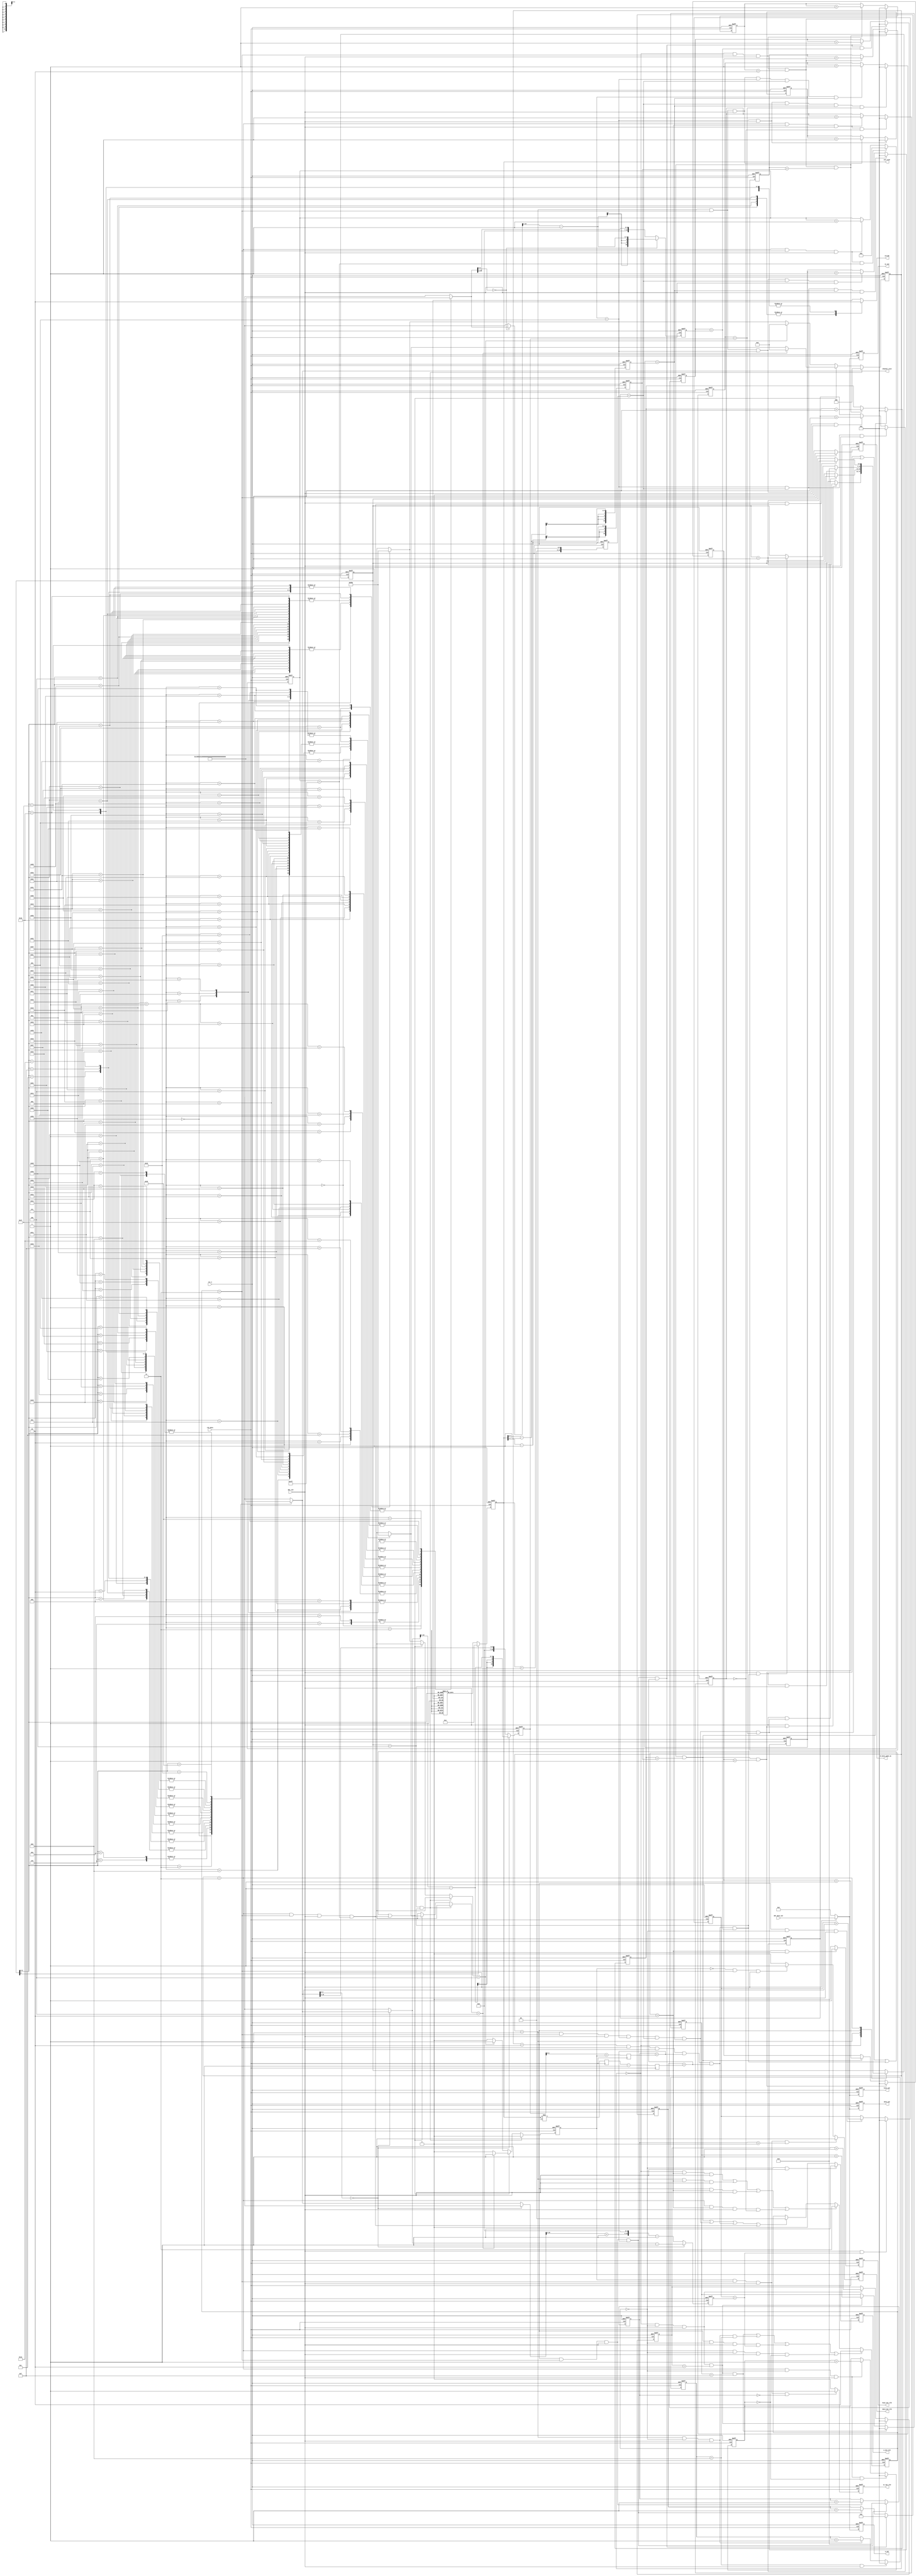
module ddr_rd_data_pro
    #(parameter BANDWIDTH=512,
                BITWIDTH=32)(
    input                       clk_data,
    input                       rst_n,
    
    input                       ddr_vld,
    input [BANDWIDTH-1:0]       ddr_data_out,
    
    output reg                  data_out_vld,
    output reg                  w_out_vld,
    output reg                  sc_out_vld,
    output reg                  bias_out_vld,
    output reg [BANDWIDTH-1:0]  data_out,
	output reg [BANDWIDTH-1:0]	w_out,
	output reg [BANDWIDTH-1:0]	sc_out,
	output reg [BANDWIDTH-1:0]	bias_out,
    
    
    
    // output reg                  mode_change,
    // output reg [1:0]            op_mode,
    output reg                  rd_data_mode_en,
    output reg [7:0]            pic_size,
    output  [10:0]              channel_size,
    output                      stride
);

//-------------------------------------------
// regs & wires & parameters
//-------------------------------------------
parameter CONV_MODE  = 2'd0;
parameter DW_MODE    = 2'd1;
parameter PW_MODE    = 2'd2;
parameter AVGPL_MODE = 2'd3;

parameter L_CONV  = 3'd0;
parameter L_DW    = 3'd1;
parameter L_PW    = 3'd2;
parameter L_AVGPL = 3'd3;
parameter L_PW_SC = 3'd4;
parameter L_VERI  = 3'd5;

parameter ST_W_RD    = 2'd0;
parameter ST_SC_RD   = 2'd1;
parameter ST_BIAS_RD = 2'd2;
parameter ST_DATA_RD = 2'd3;

reg  [10:0]                     pic_size_1;
reg  [10:0]                     pic_size_dw;
reg  [10:0]                     pic_size_half_1;
reg  [10:0]                     pic_size_quarter_1;
reg  [10:0]                     ci_quarter_1;
reg  [10:0]                     ci_div_16_1;
reg  [10:0]                     co_div_16_1;
reg  [10:0]                     ci_1;  //w_cnt_pw_l1_num
reg  [24:0]                     pw_data_cnt_num;
reg  [15:0]                     pic2;
reg  [15:0]                     pic2_1;
reg  [ 6:0]                     ci_div16;
reg  [ 6:0]                     ci_div16_sc; 
reg  [22:0]                     pic2_ci_div4_sc;  

wire [2:0]                      layer_type[53:0];

wire [10:0]                     c_size_i[54:0];
wire                            s_value[53:0];

reg [6:0]                       layer_num_cur;
reg [2:0]                       layer_type_cur;
reg                             layer_sc_vld;
reg [1:0]                       st_rd_cur;

wire                            conv_all_done;
wire                            dw_all_done;
wire                            pw_all_done;
wire                            avgle_all_done;

assign channel_size = c_size_i[layer_num_cur];
assign stride = s_value[layer_num_cur];   

always @ (posedge clk_data or negedge rst_n) begin 
	if (!rst_n) begin 
		layer_num_cur <= 7'd0;
	end else begin 
		case (layer_type_cur) 
			L_CONV : begin 
				if (ddr_vld == 1'b1 && conv_all_done == 1'b1) begin 
					layer_num_cur <= layer_num_cur + 1'b1;
				end	else begin 
					layer_num_cur <= layer_num_cur;
				end
			end 
			L_DW : begin 
				if (ddr_vld == 1'b1 && dw_all_done == 1'b1) begin 
					layer_num_cur <= layer_num_cur + 1'b1;
				end	else begin 
					layer_num_cur <= layer_num_cur;
				end
			end 
            L_PW : begin 
                if (ddr_vld == 1'b1 && pw_all_done == 1'b1 && layer_num_cur == 7'd53) begin 
                    layer_num_cur <= 7'd0;
                end else if (ddr_vld == 1'b1 && pw_all_done == 1'b1) begin
                    layer_num_cur <= layer_num_cur + 1'b1;
                end else begin 
                    layer_num_cur <= layer_num_cur;
                end
            end
            L_AVGPL : begin 
                if (ddr_vld == 1'b1 && avgle_all_done == 1'b1) begin 
                    layer_num_cur <= layer_num_cur + 1'b1;
                end else begin 
                    layer_num_cur <= layer_num_cur;
                end
            end
			default : begin 
				layer_num_cur <= layer_num_cur;
			end
		endcase
	end
end

always @ (posedge clk_data or negedge rst_n) begin 
    if (!rst_n) begin 
        layer_type_cur <= 3'b0;
        layer_sc_vld   <= 1'b0;
    end else if (layer_num_cur == 7'd53 && pw_all_done == 1'b1) begin 
        layer_type_cur <= L_CONV;
        layer_sc_vld   <= 1'b0;
    end else if (conv_all_done == 1'b1 || dw_all_done == 1'b1 || pw_all_done == 1'b1 || avgle_all_done == 1'b1) begin
        layer_type_cur <= layer_type[layer_num_cur+1] == L_PW_SC ? L_PW : layer_type[layer_num_cur+1];
        layer_sc_vld   <= layer_type[layer_num_cur+1] == L_PW_SC ? 1'b1 : 1'b0;
    end else begin
        layer_type_cur <= layer_type[layer_num_cur] == L_PW_SC ? L_PW : layer_type[layer_num_cur];
        layer_sc_vld   <= layer_type[layer_num_cur] == L_PW_SC ? 1'b1 : 1'b0;
    end
end

always @ (posedge clk_data or negedge rst_n) begin 
    if (!rst_n) begin 
        rd_data_mode_en <= 1'b0;
    end else if (st_rd_cur == ST_DATA_RD) begin 
        rd_data_mode_en <= 1'b1;
    end else begin 
        rd_data_mode_en <= 1'b0;
    end
end

reg [10:0]                      w_cnt_conv_l1;
reg [10:0]                      w_cnt_conv_l2;
reg [10:0]                      w_cnt_conv_l3;

/*-------------------w_cnt_conv_l1--------------------*/
always @ (posedge clk_data or negedge rst_n) begin
    if (!rst_n) begin
        w_cnt_conv_l1 <= 11'd0;
    end else if (layer_type_cur == L_CONV && 
                 st_rd_cur == ST_W_RD && 
                 ddr_vld == 1'b1 && 
                 w_cnt_conv_l1 == 11'd2) begin
        w_cnt_conv_l1 <= 11'd0;
    end else if (layer_type_cur == L_CONV && st_rd_cur == ST_W_RD && ddr_vld == 1'b1) begin
        w_cnt_conv_l1 <= w_cnt_conv_l1 + 1'b1;
    end else begin 
        w_cnt_conv_l1 <= w_cnt_conv_l1;
    end
end

/*-------------------w_cnt_conv_l2--------------------*/
always @ (posedge clk_data or negedge rst_n) begin 
    if (!rst_n) begin
        w_cnt_conv_l2 <= 11'd0;
    end else if (layer_type_cur == L_CONV && 
                 st_rd_cur == ST_W_RD && 
                 ddr_vld == 1'b1 && 
                 w_cnt_conv_l1 == 11'd2 && 
                 w_cnt_conv_l2 == 11'd15) begin
        w_cnt_conv_l2 <= 11'd0;
    end else if (layer_type_cur == L_CONV && 
                 st_rd_cur == ST_W_RD && 
                 ddr_vld == 1'b1 && 
                 w_cnt_conv_l1 == 11'd2) begin
        w_cnt_conv_l2 <= w_cnt_conv_l2 + 1'b1;
    end else begin 
        w_cnt_conv_l2 <= w_cnt_conv_l2;
    end 
end

/*-------------------w_cnt_conv_l3--------------------*/
always @ (posedge clk_data or negedge rst_n) begin
    if (!rst_n) begin
        w_cnt_conv_l3 <= 11'd0;
    end else if (layer_type_cur == L_CONV && 
                 st_rd_cur == ST_W_RD && 
                 ddr_vld == 1'b1 && 
                 w_cnt_conv_l1 == 11'd2 && 
                 w_cnt_conv_l2 == 11'd15 &&
                 w_cnt_conv_l3 == 11'd1) begin
        w_cnt_conv_l3 <= 11'd0;
    end else if (layer_type_cur == L_CONV && 
                 st_rd_cur == ST_W_RD && 
                 ddr_vld == 1'b1 && 
                 w_cnt_conv_l1 == 11'd2 && 
                 w_cnt_conv_l2 == 11'd15) begin
        w_cnt_conv_l3 <= w_cnt_conv_l3 + 1'b1;
    end else begin 
        w_cnt_conv_l3 <= w_cnt_conv_l3;
    end
end

wire                            w_op_done_each_conv;
assign w_op_done_each_conv = layer_type_cur == L_CONV && 
                             st_rd_cur == ST_W_RD && 
                             ddr_vld == 1'b1 && 
                             w_cnt_conv_l1 == 11'd2 && 
                             w_cnt_conv_l2 == 11'd15;

reg [10:0]                      bias_cnt_conv_l1;
reg [10:0]                      bias_cnt_conv_l2;

/*-------------------bias_cnt_conv_l1--------------------*/
always @ (posedge clk_data or negedge rst_n) begin
    if (!rst_n) begin
        bias_cnt_conv_l1 <= 11'd0;
    end else if (layer_type_cur == L_CONV && st_rd_cur == ST_BIAS_RD && ddr_vld == 1'b1 && bias_cnt_conv_l1 == 11'd0) begin
        bias_cnt_conv_l1 <= 11'd0;
    end else if (layer_type_cur == L_CONV && st_rd_cur == ST_BIAS_RD && ddr_vld == 1'b1) begin
        bias_cnt_conv_l1 <= bias_cnt_conv_l1 + 1'b1;
    end else begin 
        bias_cnt_conv_l1 <= bias_cnt_conv_l1;
    end
end

/*-------------------bias_cnt_conv_l2--------------------*/
always @ (posedge clk_data or negedge rst_n) begin
    if (!rst_n) begin
        bias_cnt_conv_l2 <= 11'd0;
    end else if (layer_type_cur == L_CONV && st_rd_cur == ST_BIAS_RD && ddr_vld == 1'b1 && bias_cnt_conv_l1 == 11'd3 && bias_cnt_conv_l2 == 11'd1) begin
        bias_cnt_conv_l2 <= 11'd0;
    end else if (layer_type_cur == L_CONV && st_rd_cur == ST_BIAS_RD && ddr_vld == 1'b1 && bias_cnt_conv_l1 == 11'd3) begin
        bias_cnt_conv_l2 <= bias_cnt_conv_l2 + 1'b1;
    end else begin 
        bias_cnt_conv_l2 <= bias_cnt_conv_l2;
    end
end

wire                            bias_op_done_each_conv;
assign bias_op_done_each_conv = layer_type_cur == L_CONV && st_rd_cur == ST_BIAS_RD && ddr_vld == 1'b1;

reg [10:0]                      data_cnt_conv_l1;
reg [10:0]                      data_cnt_conv_l2;
reg [10:0]                      data_cnt_conv_l3;
reg [10:0]                      data_cnt_conv_l4;
reg [10:0]                      data_cnt_conv_l5;
/*-------------------data_cnt_conv_l1--------------------*/
always @ (posedge clk_data or negedge rst_n) begin
    if (!rst_n) begin
        data_cnt_conv_l1 <= 11'd0;
    end else if (layer_type_cur == L_CONV && st_rd_cur == ST_DATA_RD && ddr_vld == 1'b1 && data_cnt_conv_l1 == 11'd2) begin
        data_cnt_conv_l1 <= 11'd0;
    end else if (layer_type_cur == L_CONV && st_rd_cur == ST_DATA_RD && ddr_vld == 1'b1) begin
        data_cnt_conv_l1 <= data_cnt_conv_l1 + 1'b1;
    end else begin 
        data_cnt_conv_l1 <= data_cnt_conv_l1;
    end
end

/*-------------------data_cnt_conv_l2--------------------*/
// always @ (posedge clk_data or negedge rst_n) begin
    // if (!rst_n) begin
        // data_cnt_conv_l2 <= 11'd0;
    // end else if (layer_type_cur == L_CONV && st_rd_cur == ST_DATA_RD && ddr_vld == 1'b1 && data_cnt_conv_l1 == 11'd2 && data_cnt_conv_l2 == 11'd2) begin
        // data_cnt_conv_l2 <= 11'd0;
    // end else if (layer_type_cur == L_CONV && st_rd_cur == ST_DATA_RD && ddr_vld == 1'b1 && data_cnt_conv_l1 == 11'd2) begin
        // data_cnt_conv_l2 <= data_cnt_conv_l2 + 1'b1;
    // end else begin
        // data_cnt_conv_l2 <= data_cnt_conv_l2;
    // end
// end

/*-------------------data_cnt_conv_l3--------------------*/
always @ (posedge clk_data or negedge rst_n) begin
    if (!rst_n) begin
        data_cnt_conv_l3 <= 11'd0;
    end else if (layer_type_cur == L_CONV && 
                 st_rd_cur == ST_DATA_RD && 
                 ddr_vld == 1'b1 && 
                 data_cnt_conv_l1 == 11'd2 && 
                 data_cnt_conv_l3 == pic_size_half_1) begin
        data_cnt_conv_l3 <= 11'd0;
    end else if (layer_type_cur == L_CONV && 
                 st_rd_cur == ST_DATA_RD && 
                 ddr_vld == 1'b1 && 
                 data_cnt_conv_l1 == 11'd2) begin
        data_cnt_conv_l3 <= data_cnt_conv_l3 + 1'b1;
    end else begin 
        data_cnt_conv_l3 <= data_cnt_conv_l3;
    end
end

/*-------------------data_cnt_conv_l4--------------------*/
always @ (posedge clk_data or negedge rst_n) begin
    if (!rst_n) begin
        data_cnt_conv_l4 <= 11'd0;
    end else if (layer_type_cur == L_CONV && 
                 st_rd_cur == ST_DATA_RD && 
                 ddr_vld == 1'b1 && 
                 data_cnt_conv_l1 == 11'd2 && 
                 data_cnt_conv_l3 == pic_size_half_1 && 
                 data_cnt_conv_l4 == pic_size_half_1) begin
        data_cnt_conv_l4 <= 11'd0;
    end else if (layer_type_cur == L_CONV && 
                 st_rd_cur == ST_DATA_RD && 
                 ddr_vld == 1'b1 && 
                 data_cnt_conv_l1 == 11'd2 && 
                 data_cnt_conv_l3 == pic_size_half_1) begin
        data_cnt_conv_l4 <= data_cnt_conv_l4 + 1'b1;
    end else begin 
        data_cnt_conv_l4 <= data_cnt_conv_l4;
    end
end

/*-------------------data_cnt_conv_l5--------------------*/
always @ (posedge clk_data or negedge rst_n) begin
    if (!rst_n) begin
        data_cnt_conv_l5 <= 11'd0;
    end else if (layer_type_cur == L_CONV && 
                 st_rd_cur == ST_DATA_RD && 
                 ddr_vld == 1'b1 && 
                 data_cnt_conv_l1 == 11'd2 && 
                 data_cnt_conv_l3 == pic_size_half_1 && 
                 data_cnt_conv_l4 == pic_size_half_1 && 
                 data_cnt_conv_l5 == 11'd1) begin
        data_cnt_conv_l5 <= 11'd0;
    end else if (layer_type_cur == L_CONV && 
                 st_rd_cur == ST_DATA_RD && 
                 ddr_vld == 1'b1 && 
                 data_cnt_conv_l1 == 11'd2 && 
                 data_cnt_conv_l3 == pic_size_half_1 && 
                 data_cnt_conv_l4 == pic_size_half_1) begin
        data_cnt_conv_l5 <= data_cnt_conv_l5 + 1'b1;
    end else begin 
        data_cnt_conv_l5 <= data_cnt_conv_l5;
    end
end

wire                            data_op_done_each_conv;

assign data_op_done_each_conv = layer_type_cur == L_CONV && 
                                st_rd_cur == ST_DATA_RD && 
                                ddr_vld == 1'b1 && 
                                data_cnt_conv_l1 == 11'd2 && 
                                data_cnt_conv_l3 == pic_size_half_1 && 
                                data_cnt_conv_l4 == pic_size_half_1;
assign conv_all_done = layer_type_cur == L_CONV && 
                       st_rd_cur == ST_DATA_RD && 
                       ddr_vld == 1'b1 && 
                       data_cnt_conv_l1 == 11'd2 && 
                       data_cnt_conv_l3 == pic_size_half_1 && 
                       data_cnt_conv_l4 == pic_size_half_1 && 
                       data_cnt_conv_l5 == 11'd1;

reg [10:0]                      w_cnt_dw_l1;
reg [10:0]                      w_cnt_dw_l2;

/*-------------------w_cnt_dw_l1--------------------*/
always @ (posedge clk_data or negedge rst_n) begin 
    if (!rst_n) begin 
        w_cnt_dw_l1 <= 11'd0;
    end else if (w_cnt_dw_l1 == 11'd8 && ddr_vld == 1'b1) begin 
        w_cnt_dw_l1 <= 11'd0;
    end else if (layer_type_cur == L_DW && st_rd_cur == ST_W_RD && ddr_vld == 1'b1) begin 
        w_cnt_dw_l1 <= w_cnt_dw_l1 + 1'b1;
    end else begin
        w_cnt_dw_l1 <= w_cnt_dw_l1;
    end
end

/*-------------------w_cnt_dw_l2--------------------*/
always @ (posedge clk_data or negedge rst_n) begin 
    if (!rst_n) begin 
        w_cnt_dw_l2 <= 11'd0;
    end else if (w_cnt_dw_l2 == co_div_16_1 && w_cnt_dw_l1 == 11'd8 && ddr_vld == 1'b1) begin 
        w_cnt_dw_l2 <= 11'd0;
    end else if (layer_type_cur == L_DW && st_rd_cur == ST_W_RD && w_cnt_dw_l1 == 11'd8 && ddr_vld == 1'b1) begin 
        w_cnt_dw_l2 <= w_cnt_dw_l2 + 1'b1;
    end else begin
        w_cnt_dw_l2 <= w_cnt_dw_l2;
    end
end

wire                            w_op_done_each_dw;
assign w_op_done_each_dw = layer_type_cur == L_DW && st_rd_cur == ST_W_RD && ddr_vld == 1'b1 && w_cnt_dw_l1 == 11'd8;


//-------------------------------------------
reg [10:0]                      bias_cnt_dw_l1;                                                  
reg [10:0]                      bias_cnt_dw_l2;
/*-------------------bias_cnt_dw_l2--------------------*/
always @ (posedge clk_data or negedge rst_n) begin 
    if (!rst_n) begin 
        bias_cnt_dw_l2 <= 11'd0;
    end else if (ddr_vld == 1'b1 && bias_cnt_dw_l2 == co_div_16_1) begin 
        bias_cnt_dw_l2 <= 11'd0;
    end else if (layer_type_cur == L_DW && st_rd_cur == ST_BIAS_RD && ddr_vld == 1'b1) begin 
        bias_cnt_dw_l2 <= bias_cnt_dw_l2 + 1'b1;
    end else begin 
        bias_cnt_dw_l2 <= bias_cnt_dw_l2;
    end
end

wire                            bias_op_done_each_dw;
assign bias_op_done_each_dw = layer_type_cur == L_DW && st_rd_cur == ST_BIAS_RD && ddr_vld == 1'b1;

reg [10:0]                      data_cnt_dw_l1;
reg [10:0]                      data_cnt_dw_l2;
reg [10:0]                      data_cnt_dw_l3;
reg [10:0]                      data_cnt_dw_l4;

/*-------------------data_cnt_dw_l1--------------------*/
always @ (posedge clk_data or negedge rst_n) begin 
    if (!rst_n) begin 
        data_cnt_dw_l1 <= 11'd0;
    end else if (data_cnt_dw_l1 == 11'd5   && 
                 ddr_vld == 1'b1) begin 
        data_cnt_dw_l1 <= 11'd0;
    end else if (layer_type_cur == L_DW     && 
                 st_rd_cur == ST_DATA_RD    && 
                 ddr_vld == 1'b1) begin 
        data_cnt_dw_l1 <= data_cnt_dw_l1 + 1'b1;
    end else begin 
        data_cnt_dw_l1 <= data_cnt_dw_l1;
    end
end

/*-------------------data_cnt_dw_l2--------------------*/
always @ (posedge clk_data or negedge rst_n) begin 
    if (!rst_n) begin 
        data_cnt_dw_l2 <= 11'd0;
    end else if (data_cnt_dw_l1 == 11'd5               && 
                 data_cnt_dw_l2 == pic_size_dw         && 
                 ddr_vld == 1'b1) begin
        data_cnt_dw_l2 <= 11'd0;
    end else if (layer_type_cur == L_DW                && 
                 st_rd_cur == ST_DATA_RD               && 
                 data_cnt_dw_l1 == 11'd5               && 
                 ddr_vld == 1'b1) begin 
        data_cnt_dw_l2 <= data_cnt_dw_l2 + 1'b1;
    end else begin
        data_cnt_dw_l2 <= data_cnt_dw_l2;
    end
end


/*-------------------data_cnt_dw_l3--------------------*/
always @ (posedge clk_data or negedge rst_n) begin 
    if (!rst_n) begin 
        data_cnt_dw_l3 <= 11'd0;
    end else if (data_cnt_dw_l1 == 11'd5               && 
                 data_cnt_dw_l2 == pic_size_dw         && 
                 data_cnt_dw_l3 == pic_size_quarter_1  &&
                 ddr_vld == 1'b1) begin 
        data_cnt_dw_l3 <= 11'd0;
    end else if (layer_type_cur == L_DW                && 
                 st_rd_cur == ST_DATA_RD               && 
                 data_cnt_dw_l1 == 11'd5               && 
                 data_cnt_dw_l2 == pic_size_dw         && 
                 ddr_vld == 1'b1 ) begin 
        data_cnt_dw_l3 <= data_cnt_dw_l3 + 1'b1;
    end else begin 
        data_cnt_dw_l3 <= data_cnt_dw_l3;
    end
end

wire                            data_op_done_each_dw;
assign data_op_done_each_dw = layer_type_cur == L_DW                &
                              st_rd_cur == ST_DATA_RD               &
                              ddr_vld == 1'b1                       &
                              data_cnt_dw_l1 == 11'd5             &
                              data_cnt_dw_l2 == pic_size_dw          &
                              data_cnt_dw_l3 == pic_size_quarter_1;

always @ (posedge clk_data or negedge rst_n) begin 
    if (!rst_n) begin 
        data_cnt_dw_l4 <= 11'd0;
    end else if (ddr_vld == 1'b1                        && 
                 data_cnt_dw_l1 == 11'd5                && 
                 data_cnt_dw_l2 == pic_size_dw          && 
                 data_cnt_dw_l3 == pic_size_quarter_1   && 
                 data_cnt_dw_l4 == ci_div_16_1) begin 
        data_cnt_dw_l4 <= 11'd0;                
    end else if (layer_type_cur == L_DW                 && 
                 st_rd_cur == ST_DATA_RD                && 
                 ddr_vld == 1'b1                        && 
                 data_cnt_dw_l1 == 11'd5                && 
                 data_cnt_dw_l2 == pic_size_dw          && 
                 data_cnt_dw_l3 == pic_size_quarter_1) begin 
        data_cnt_dw_l4 <= data_cnt_dw_l4 + 1'b1;
    end else begin 
        data_cnt_dw_l4 <= data_cnt_dw_l4;
    end
end

assign dw_all_done = layer_type_cur == L_DW                 &
                     st_rd_cur == ST_DATA_RD                &
                     ddr_vld == 1'b1                        &
                     data_cnt_dw_l1 == 11'd5                &
                     data_cnt_dw_l2 == pic_size_dw          &
                     data_cnt_dw_l3 == pic_size_quarter_1   &
                     data_cnt_dw_l4 == ci_div_16_1;

reg [10:0]                      w_cnt_pw_l1;
reg [10:0]                      w_cnt_pw_l2;

always @ (posedge clk_data or negedge rst_n) begin 
    if (!rst_n) begin 
        w_cnt_pw_l1 <= 11'b0;
    end else if (/* layer_type_cur == L_PW &&
                 st_rd_cur == ST_W_RD && */
                 ddr_vld == 1'b1 &&
                 w_cnt_pw_l1 == ci_1) begin 
        w_cnt_pw_l1 <= 11'b0;
    end else if (layer_type_cur == L_PW &&
                 st_rd_cur == ST_W_RD &&
                 ddr_vld == 1'b1) begin 
        w_cnt_pw_l1 <= w_cnt_pw_l1 + 1'b1;
    end else begin 
        w_cnt_pw_l1 <= w_cnt_pw_l1;
    end
end

wire                            w_op_done_each_pw;
assign w_op_done_each_pw = layer_type_cur == L_PW                & 
                           st_rd_cur == ST_W_RD                  & 
                           ddr_vld == 1'b1                       & 
                           w_cnt_pw_l1 == ci_1;

always @ (posedge clk_data or negedge rst_n) begin 
    if (!rst_n) begin 
        w_cnt_pw_l2 <= 11'b0;
    end else if (layer_type_cur == L_PW &&
                 st_rd_cur == ST_W_RD &&
                 ddr_vld == 1'b1 &&
                 w_cnt_pw_l1 == ci_1 &&
                 w_cnt_pw_l2 == co_div_16_1) begin 
        w_cnt_pw_l2 <= 11'b0;
    end else if (layer_type_cur == L_PW &&
                 st_rd_cur == ST_W_RD &&
                 ddr_vld == 1'b1 &&
                 w_cnt_pw_l1 == ci_1) begin 
        w_cnt_pw_l2 <= w_cnt_pw_l2 + 1'b1;
    end else begin 
        w_cnt_pw_l2 <= w_cnt_pw_l2;
    end
end

reg [10:0]                      bias_cnt_pw_l1;
reg [10:0]                      bias_cnt_pw_l2;

always @ (posedge clk_data or negedge rst_n) begin 
    if (!rst_n) begin 
        bias_cnt_pw_l1 <= 11'b0;
    end else if (layer_type_cur == L_PW &&
                 st_rd_cur == ST_BIAS_RD &&
                 ddr_vld == 1'b1 &&
                 bias_cnt_pw_l1 == 11'd0) begin 
        bias_cnt_pw_l1 <= 11'b0;
    end else if (layer_type_cur == L_PW &&
                 st_rd_cur == ST_BIAS_RD &&
                 ddr_vld == 1'b1) begin 
        bias_cnt_pw_l1 <= bias_cnt_pw_l1 + 1'b1;
    end else begin 
        bias_cnt_pw_l1 <= bias_cnt_pw_l1;
    end
end

wire                            bias_op_done_each_pw;
assign bias_op_done_each_pw = layer_type_cur == L_PW                & 
                              st_rd_cur == ST_BIAS_RD               & 
                              ddr_vld == 1'b1                       ;

always @ (posedge clk_data or negedge rst_n) begin 
    if (!rst_n) begin 
        bias_cnt_pw_l2 <= 11'b0;
    end else if (layer_type_cur == L_PW &&
                 st_rd_cur == ST_BIAS_RD &&
                 ddr_vld == 1'b1 &&
                 bias_cnt_pw_l1 == 11'd0 &&
                 bias_cnt_pw_l2 == co_div_16_1) begin 
        bias_cnt_pw_l2 <= 11'b0;
    end else if (layer_type_cur == L_PW &&
                 st_rd_cur == ST_BIAS_RD &&
                 ddr_vld == 1'b1 &&
                 bias_cnt_pw_l1 == 11'd0) begin 
        bias_cnt_pw_l2 <= bias_cnt_pw_l2 + 1'b1;
    end else begin 
        bias_cnt_pw_l2 <= bias_cnt_pw_l2;
    end
end 

reg [ 6:0]                      data_cnt_pw_l1;
reg [15:0]                      data_cnt_pw_l2;
reg [10:0]                      data_cnt_pw_l3;

always @ (posedge clk_data or negedge rst_n) begin 
    if (!rst_n) begin 
        data_cnt_pw_l1 <= 7'b0;        
    end else if (layer_type_cur == L_PW &&
                 st_rd_cur == ST_DATA_RD &&
                 ddr_vld == 1'b1 &&
                 data_cnt_pw_l1 == ci_div16_sc) begin 
        data_cnt_pw_l1 <= 7'b0;         
    end else if (layer_type_cur == L_PW &&
                 st_rd_cur == ST_DATA_RD &&
                 ddr_vld == 1'b1) begin 
        data_cnt_pw_l1 <= data_cnt_pw_l1 + 1'b1;
    end else begin 
        data_cnt_pw_l1 <= data_cnt_pw_l1;
    end
end

always @ (posedge clk_data or negedge rst_n) begin 
    if (!rst_n) begin 
        data_cnt_pw_l2 <= 16'b0;        
    end else if (layer_type_cur == L_PW &&
                 st_rd_cur == ST_DATA_RD &&
                 ddr_vld == 1'b1 &&
                 data_cnt_pw_l1 == ci_div16_sc &&
                 data_cnt_pw_l2 == pic2_1) begin 
        data_cnt_pw_l2 <= 16'b0;         
    end else if (layer_type_cur == L_PW &&
                 st_rd_cur == ST_DATA_RD &&
                 ddr_vld == 1'b1 && 
                 data_cnt_pw_l1 == ci_div16_sc) begin 
        data_cnt_pw_l2 <= data_cnt_pw_l2 + 1'b1;
    end else begin 
        data_cnt_pw_l2 <= data_cnt_pw_l2;
    end
end

wire                            data_op_done_each_pw;
assign data_op_done_each_pw = layer_type_cur == L_PW                &
                              st_rd_cur == ST_DATA_RD               &
                              ddr_vld == 1'b1                       &
                              data_cnt_pw_l1 == ci_div16_sc         &
                              data_cnt_pw_l2 == pic2_1              ;

always @ (posedge clk_data or negedge rst_n) begin 
    if (!rst_n) begin 
        data_cnt_pw_l3 <= 11'b0;
    end else if (layer_type_cur == L_PW &&
                 st_rd_cur == ST_DATA_RD &&
                 ddr_vld == 1'b1 &&
                 data_cnt_pw_l1 == ci_div16_sc &&
                 data_cnt_pw_l2 == pic2_1      &&
                 data_cnt_pw_l3 == co_div_16_1) begin 
        data_cnt_pw_l3 <= 11'b0;
    end else if (layer_type_cur == L_PW &&
                 st_rd_cur == ST_DATA_RD &&
                 ddr_vld == 1'b1 &&
                 data_cnt_pw_l1 == ci_div16_sc &&
                 data_cnt_pw_l2 == pic2_1) begin 
        data_cnt_pw_l3 <= data_cnt_pw_l3 + 1'b1;
    end else begin 
        data_cnt_pw_l3 <= data_cnt_pw_l3;
    end
end

assign pw_all_done = layer_type_cur == L_PW                &
                     st_rd_cur == ST_DATA_RD               &
                     ddr_vld == 1'b1                       &
                     data_cnt_pw_l1 == ci_div16_sc         &
                     data_cnt_pw_l2 == pic2_1              &
                     data_cnt_pw_l3 == co_div_16_1          ;

wire                            w_op_done_each_avgle;
wire                            b_op_done_each_avgle;
wire                            data_op_done_each_avgle;
reg [10:0]                      w_cnt_avgle;
reg [10:0]                      bias_cnt_avgle;
reg [12:0]                      data_cnt_avgle;

always @ (posedge clk_data or negedge rst_n) begin 
    if (!rst_n) begin 
        w_cnt_avgle <= 11'b0;
    end else if (layer_type_cur == L_AVGPL &&
                 st_rd_cur == ST_W_RD      &&
                 ddr_vld == 1'b1           &&
                 w_cnt_avgle == 11'd0) begin 
        w_cnt_avgle <= 11'b0;
    end else if (layer_type_cur == L_AVGPL &&
                 st_rd_cur == ST_W_RD      &&
                 ddr_vld == 1'b1) begin 
        w_cnt_avgle <= w_cnt_avgle + 1'b1;
    end else begin 
        w_cnt_avgle <= w_cnt_avgle;
    end
end

assign w_op_done_each_avgle = layer_type_cur == L_AVGPL &
                              st_rd_cur == ST_W_RD      &
                              ddr_vld == 1'b1           &
                              w_cnt_avgle == 11'd0;
                              
always @ (posedge clk_data or negedge rst_n) begin 
    if (!rst_n) begin 
        bias_cnt_avgle <= 11'b0;
    end else if (layer_type_cur == L_AVGPL &&
                 st_rd_cur == ST_BIAS_RD   &&
                 ddr_vld == 1'b1           &&
                 bias_cnt_avgle == 11'd0) begin 
        bias_cnt_avgle <= 11'b0;
    end else if (layer_type_cur == L_AVGPL &&
                 st_rd_cur == ST_BIAS_RD   &&
                 ddr_vld == 1'b1) begin 
        bias_cnt_avgle <= bias_cnt_avgle + 1'b1;
    end else begin 
        bias_cnt_avgle <= bias_cnt_avgle;
    end
end

assign b_op_done_each_avgle = layer_type_cur == L_AVGPL &
                              st_rd_cur == ST_BIAS_RD   &
                              ddr_vld == 1'b1           &
                              bias_cnt_avgle == 11'd0;                                

always @ (posedge clk_data or negedge rst_n) begin 
    if (!rst_n) begin 
        data_cnt_avgle <= 11'b0;
    end else if (layer_type_cur == L_AVGPL &&
                 st_rd_cur == ST_DATA_RD   &&
                 ddr_vld == 1'b1           &&
                 data_cnt_avgle == 13'd1279) begin 
        data_cnt_avgle <= 11'b0;
    end else if (layer_type_cur == L_AVGPL &&
                 st_rd_cur == ST_DATA_RD   &&
                 ddr_vld == 1'b1           ) begin 
        data_cnt_avgle <= data_cnt_avgle + 1'b1;
    end else begin 
        data_cnt_avgle <= data_cnt_avgle;
    end
end

assign avgle_all_done = layer_type_cur == L_AVGPL &
                        st_rd_cur == ST_DATA_RD   &
                        ddr_vld == 1'b1           &
                        data_cnt_avgle == 13'd1279;

// reg [1:0]                       st_rd_cur;
/*-------------------st_rd_cur--------------------*/
always @ (posedge clk_data or negedge rst_n) begin
    if(!rst_n) begin
        st_rd_cur <= 2'd0;
    end else if (w_op_done_each_conv || w_op_done_each_dw || w_op_done_each_pw || w_op_done_each_avgle) begin
        st_rd_cur <= ST_BIAS_RD;
    end else if (bias_op_done_each_conv || bias_op_done_each_dw || bias_op_done_each_pw || b_op_done_each_avgle) begin
        st_rd_cur <= ST_DATA_RD;
    end else if (data_op_done_each_conv || data_op_done_each_dw || data_op_done_each_pw || avgle_all_done) begin
        st_rd_cur <= ST_W_RD;
    end 
        
    else begin 
        st_rd_cur <= st_rd_cur;
    end
end

//-------------------------------------------
// vld 
//-------------------------------------------
// reg                  data_out_vld,
// reg                  w_out_vld,
// reg                  sc_out_vld,
// reg                  bias_out_vld,
// reg [127:0]          data_out,
/*-------------------w_out_vld--------------------*/
always @ (posedge clk_data or negedge rst_n) begin
    if(!rst_n) begin
        w_out_vld <= 1'b0;
    end else if (st_rd_cur == ST_W_RD && ddr_vld == 1'b1) begin
        w_out_vld <= 1'b1;
    end else begin
        w_out_vld <= 1'b0;
    end
end

/*-------------------sc_out_vld--------------------*/
always @ (posedge clk_data or negedge rst_n) begin
    if(!rst_n) begin
        sc_out_vld <= 1'b0;
    end else if (layer_sc_vld == 1'b1 && st_rd_cur == ST_DATA_RD && 
                 ddr_vld == 1'b1 && data_cnt_pw_l1 == 0) begin
        sc_out_vld <= 1'b1;
    end else begin
        sc_out_vld <= 1'b0;
    end
end

/*-------------------bias_out_vld--------------------*/
always @ (posedge clk_data or negedge rst_n) begin
    if(!rst_n) begin
        bias_out_vld <= 1'b0;
    end else if (st_rd_cur == ST_BIAS_RD && ddr_vld == 1'b1) begin
        bias_out_vld <= 1'b1;
    end else begin
        bias_out_vld <= 1'b0;
    end
end

/*-------------------data_out_vld--------------------*/
always @ (posedge clk_data or negedge rst_n) begin
    if(!rst_n) begin
        data_out_vld <= 1'b0;
    end else if (layer_sc_vld == 1'b1 && st_rd_cur == ST_DATA_RD && 
                 ddr_vld == 1'b1 && data_cnt_pw_l1 > 0) begin 
        data_out_vld <= 1'b1;
    end else if (layer_sc_vld == 1'b0 && st_rd_cur == ST_DATA_RD && 
                 ddr_vld == 1'b1) begin
        data_out_vld <= 1'b1;
    end else begin
        data_out_vld <= 1'b0;
    end
end


/*-------------------data_out--------------------*/
always @ (posedge clk_data or negedge rst_n) begin
    if(!rst_n) begin
        data_out 	  <= 0;
		w_out		  <= 0;
		sc_out		  <= 0;
		bias_out	  <= 0;
    end else if (ddr_vld == 1'b1) begin
        data_out      <= ddr_data_out;
		w_out 	      <= ddr_data_out;
		sc_out 	      <= ddr_data_out;
		bias_out      <= ddr_data_out;
    end else begin
        data_out 	  <= 0;
		w_out		  <= 0;
		sc_out		  <= 0;
		bias_out	  <= 0;
    end
end



//-------------------------------------------
// reg                             flag_initial;
// always @ (posedge clk_data or negedge rst_n)
// begin
    // if(!rst_n) begin
        // flag_initial <= 1'b0;
    // end
    // else if (ddr_vld == 1'b1 && layer_type_cur == L_CONV && w_cnt_conv_l1 == 11'd0 && w_cnt_conv_l2 == 11'd0 && w_cnt_conv_l3 == 11'd0) begin
        // flag_initial <= 1'b1;
    // end
// end

// always @ (posedge clk_data or negedge rst_n)
// begin
    // if(!rst_n) begin
        // mode_change <= 1'b0;
    // end
    // else if (ddr_vld == 1'b1 && layer_type_cur == L_CONV && w_cnt_conv_l1 == 11'd0 && w_cnt_conv_l2 == 11'd0 && w_cnt_conv_l3 == 11'd0 && flag_initial == 1'b0) begin
        // mode_change <= 1'b1;
    // end
    // else if (ddr_vld == 1'b1 && layer_type_cur == L_CONV && conv_all_done == 1'b1) begin
        // mode_change <= 1'b1;
    // end
    // else begin
        // mode_change <= 1'b0;
    // end
// end

// always @ (posedge clk_data or negedge rst_n)
// begin
    // if(!rst_n) begin
        // op_mode <= 2'b0;
    // end
    // else if (layer_type_cur == L_PW_SC) begin
        // op_mode <= L_PW[1:0];
    // end
    // else begin
        // op_mode <= layer_type_cur[1:0];
    // end
// end

// always @ (posedge clk_data or negedge rst_n)
// begin
    // if(!rst_n) begin
        // channel_size <= 11'd0;
    // end
    // else begin
        // channel_size <= c_size_i[layer_num_cur];
    // end
// end


//layer type
assign layer_type[0]  = L_CONV;  assign layer_type[18] = L_PW;     assign layer_type[36] = L_PW;   
assign layer_type[1]  = L_DW;    assign layer_type[19] = L_DW;     assign layer_type[37] = L_DW;   
assign layer_type[2]  = L_PW;    assign layer_type[20] = L_PW;     assign layer_type[38] = L_PW_SC;

assign layer_type[3] = L_PW;     assign layer_type[21] = L_PW;     assign layer_type[39] = L_PW;
assign layer_type[4] = L_DW;     assign layer_type[22] = L_DW;     assign layer_type[40] = L_DW;
assign layer_type[5] = L_PW;     assign layer_type[23] = L_PW_SC;  assign layer_type[41] = L_PW;

assign layer_type[6] = L_PW;     assign layer_type[24] = L_PW;     assign layer_type[42] = L_PW;
assign layer_type[7] = L_DW;     assign layer_type[25] = L_DW;     assign layer_type[43] = L_DW;
assign layer_type[8] = L_PW_SC;  assign layer_type[26] = L_PW_SC;  assign layer_type[44] = L_PW_SC;

assign layer_type[9 ] = L_PW;    assign layer_type[27] = L_PW;     assign layer_type[45] = L_PW;   
assign layer_type[10] = L_DW;    assign layer_type[28] = L_DW;     assign layer_type[46] = L_DW;   
assign layer_type[11] = L_PW;    assign layer_type[29] = L_PW_SC;  assign layer_type[47] = L_PW_SC;

assign layer_type[12] = L_PW;    assign layer_type[30] = L_PW;     assign layer_type[48] = L_PW;
assign layer_type[13] = L_DW;    assign layer_type[31] = L_DW;     assign layer_type[49] = L_DW;
assign layer_type[14] = L_PW_SC; assign layer_type[32] = L_PW;     assign layer_type[50] = L_PW;

assign layer_type[15] = L_PW;    assign layer_type[33] = L_PW;     assign layer_type[51] = L_PW;
assign layer_type[16] = L_DW;    assign layer_type[34] = L_DW;     assign layer_type[52] = L_AVGPL;
assign layer_type[17] = L_PW_SC; assign layer_type[35] = L_PW_SC;  assign layer_type[53] = L_PW;                                                                 

reg [7:0]           pic_size_next;

always @ (posedge clk_data or negedge rst_n) begin
    if (!rst_n) begin
        pic_size <= 8'd128;
    end else begin
        pic_size <= pic_size_next;
    end
end

always @ (*) begin
    case (layer_num_cur)
        0 : 
        begin
            pic_size_next = 8'd128;
        end
        1,2,3,4 : 
        begin
            pic_size_next = 8'd64;
        end
        5,6,7,8,9,10 :
        begin
            pic_size_next = 8'd32;
        end
        11,12,13,14,15,16,17,18,19 :
        begin
            pic_size_next = 8'd16;
        end
        20,21,22,23,24,25,26,27,28,
        29,30,31,32,33,34,35,36,37,
        38,39,40 :
        begin
            pic_size_next = 8'd8;
        end
        41,42,43,44,45,46,47,48,49,
        50,51,52 : 
        begin
            pic_size_next = 8'd4;
        end
        default : begin
            pic_size_next = 8'd1;
        end
    endcase
end
             
always @ (posedge clk_data) begin 
    pic2 <= pic_size * pic_size;
    pic2_1 <= pic2 - 1'b1;
    ci_div16 <= c_size_i[layer_num_cur][3:0] ? c_size_i[layer_num_cur][10:4]+1'b1 : c_size_i[layer_num_cur][10:4];
    ci_div16_sc <= ci_div_16_1[6:0] + layer_sc_vld;
    pic2_ci_div4_sc <= pic2 * ci_div16_sc;
    pw_data_cnt_num <= pic2_ci_div4_sc - 1'b1;
end

always @ (posedge clk_data or negedge rst_n) begin
    if (!rst_n) begin
        pic_size_1          <= 11'd0;
        pic_size_dw         <= 11'd0;
        pic_size_quarter_1  <= 11'd0;
        pic_size_half_1     <= 11'd0;
        ci_quarter_1        <= 11'd0;
    end else begin
        pic_size_1          <= pic_size - 1'b1;
        pic_size_dw         <= pic_size + 1'b1;
        pic_size_quarter_1  <= pic_size[7:2] - 1'b1;
        pic_size_half_1     <= pic_size[7:1] - 1'b1;
        ci_quarter_1        <= {2'b0, c_size_i[layer_num_cur][10:2]} - 1'b1;
    end
end

always @ (posedge clk_data or negedge rst_n) begin 
    if (!rst_n) begin 
        co_div_16_1 <= 11'b0;
    end else if (c_size_i[layer_num_cur+1][3:0] == 4'd0) begin 
        co_div_16_1 <= {4'b0, c_size_i[layer_num_cur+1][10:4]} - 1'b1;
    end else begin 
        co_div_16_1 <= {4'b0, c_size_i[layer_num_cur+1][10:4]};
    end
end

always @ (posedge clk_data or negedge rst_n) begin 
    if (!rst_n) begin 
        ci_div_16_1 <= 11'b0;
        ci_1        <= 11'b0;
    end else if (c_size_i[layer_num_cur][3:0] == 4'd0) begin 
        ci_div_16_1 <= {4'b0, c_size_i[layer_num_cur][10:4]} - 1'b1;
        ci_1        <= c_size_i[layer_num_cur] - 1'b1;
    end else begin 
        ci_div_16_1 <= {4'b0, c_size_i[layer_num_cur][10:4]};
        ci_1        <= {c_size_i[layer_num_cur][10:4]+1'b1, 4'b0} - 1'b1;
    end
end


//c_size_i
assign c_size_i[ 0] = 11'd3   ; assign c_size_i[19] = 11'd192 ; assign c_size_i[37] = 11'd576 ; 
assign c_size_i[ 1] = 11'd32  ; assign c_size_i[20] = 11'd192 ; assign c_size_i[38] = 11'd576 ;
assign c_size_i[ 2] = 11'd32  ; assign c_size_i[21] = 11'd64  ; assign c_size_i[39] = 11'd96  ; 
assign c_size_i[ 3] = 11'd16  ; assign c_size_i[22] = 11'd384 ; assign c_size_i[40] = 11'd576 ; 
assign c_size_i[ 4] = 11'd96  ; assign c_size_i[23] = 11'd384 ; assign c_size_i[41] = 11'd576 ;
assign c_size_i[ 5] = 11'd96  ; assign c_size_i[24] = 11'd64  ; assign c_size_i[42] = 11'd160 ; 
assign c_size_i[ 6] = 11'd24  ; assign c_size_i[25] = 11'd384 ; assign c_size_i[43] = 11'd960 ; 
assign c_size_i[ 7] = 11'd144 ; assign c_size_i[26] = 11'd384 ; assign c_size_i[44] = 11'd960 ;
assign c_size_i[ 8] = 11'd144 ; assign c_size_i[27] = 11'd64  ; assign c_size_i[45] = 11'd160 ; 
assign c_size_i[ 9] = 11'd24  ; assign c_size_i[28] = 11'd384 ; assign c_size_i[46] = 11'd960 ; 
assign c_size_i[10] = 11'd144 ; assign c_size_i[29] = 11'd384 ; assign c_size_i[47] = 11'd960 ;
assign c_size_i[11] = 11'd144 ; assign c_size_i[30] = 11'd64  ; assign c_size_i[48] = 11'd160 ; 
assign c_size_i[12] = 11'd32  ; assign c_size_i[31] = 11'd384 ; assign c_size_i[49] = 11'd960 ; 
assign c_size_i[13] = 11'd192 ; assign c_size_i[32] = 11'd384 ; assign c_size_i[50] = 11'd960 ;
assign c_size_i[14] = 11'd192 ; assign c_size_i[33] = 11'd96  ; assign c_size_i[51] = 11'd320 ; 
assign c_size_i[15] = 11'd32  ; assign c_size_i[34] = 11'd576 ; assign c_size_i[52] = 11'd1280; 
assign c_size_i[16] = 11'd192 ; assign c_size_i[35] = 11'd576 ; assign c_size_i[53] = 11'd1280;
assign c_size_i[17] = 11'd192 ; assign c_size_i[36] = 11'd96  ; assign c_size_i[54] = 11'd1008;
assign c_size_i[18] = 11'd32  ; 

//stride
assign s_value[ 0] = 1'd0; assign s_value[18] = 1'd0; assign s_value[36] = 1'd0;
assign s_value[ 1] = 1'd0; assign s_value[19] = 1'd1; assign s_value[37] = 1'd0;
assign s_value[ 2] = 1'd0; assign s_value[20] = 1'd0; assign s_value[38] = 1'd0;
assign s_value[ 3] = 1'd0; assign s_value[21] = 1'd0; assign s_value[39] = 1'd0;
assign s_value[ 4] = 1'd1; assign s_value[22] = 1'd0; assign s_value[40] = 1'd1;
assign s_value[ 5] = 1'd0; assign s_value[23] = 1'd0; assign s_value[41] = 1'd0;
assign s_value[ 6] = 1'd0; assign s_value[24] = 1'd0; assign s_value[42] = 1'd0;
assign s_value[ 7] = 1'd0; assign s_value[25] = 1'd0; assign s_value[43] = 1'd0;
assign s_value[ 8] = 1'd0; assign s_value[26] = 1'd0; assign s_value[44] = 1'd0;
assign s_value[ 9] = 1'd0; assign s_value[27] = 1'd0; assign s_value[45] = 1'd0;
assign s_value[10] = 1'd1; assign s_value[28] = 1'd0; assign s_value[46] = 1'd0;
assign s_value[11] = 1'd0; assign s_value[29] = 1'd0; assign s_value[47] = 1'd0;
assign s_value[12] = 1'd0; assign s_value[30] = 1'd0; assign s_value[48] = 1'd0;
assign s_value[13] = 1'd0; assign s_value[31] = 1'd0; assign s_value[49] = 1'd0;
assign s_value[14] = 1'd0; assign s_value[32] = 1'd0; assign s_value[50] = 1'd0;
assign s_value[15] = 1'd0; assign s_value[33] = 1'd0; assign s_value[51] = 1'd0;
assign s_value[16] = 1'd0; assign s_value[34] = 1'd0; assign s_value[52] = 1'd0;
assign s_value[17] = 1'd0; assign s_value[35] = 1'd0; assign s_value[53] = 1'd0;


endmodule